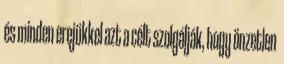
és minden erejükkel azt a célt szolgálják, hogy önzetlen